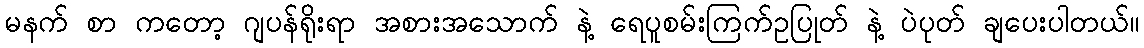
မနက် စာ ကတော့ ဂျပန်ရိုးရာ အစားအသောက် နဲ့ ရေပူစမ်းကြက်ဥပြုတ် နဲ့ ပဲပုတ် ချပေးပါတယ်။